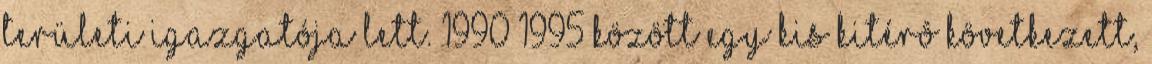
területi igazgatója lett. 1990–1995 között egy kis kitérô következett,